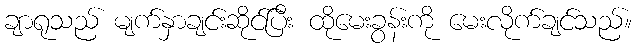
ချာရုသည် မျက်နှာချင်းဆိုင်ပြီး ထိုမေးခွန်းကို မေးလိုက်ချင်သည်။